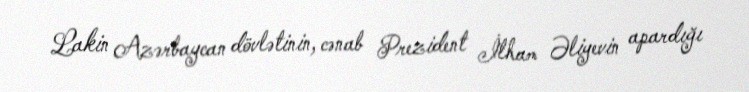
Lakin Azərbaycan dövlətinin, cənab Prezident İlham Əliyevin apardığı